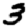
Digit: 3